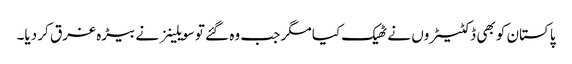
پاکستان کو بھی ڈکٹیٹروں نے ٹھیک کیا مگر جب وہ گئے تو سویلینز نے بیڑہ غرق کر دیا۔